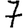
Digit: 7